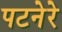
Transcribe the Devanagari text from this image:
पटनेरे